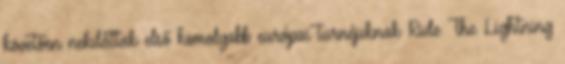
követően nekiláttak első komolyabb európai turnéjuknak Ride The Lightning